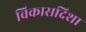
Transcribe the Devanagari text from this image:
विकासदिशा